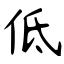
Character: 低